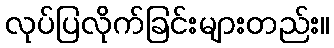
လုပ်ပြလိုက်ခြင်းများတည်း။